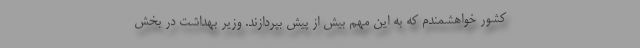
کشور خواهشمندم که به این مهم بیش از پیش بپردازند. وزیر بهداشت در بخش